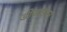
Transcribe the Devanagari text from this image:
डीजाइनर